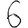
Digit: 6